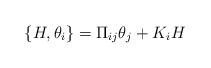
LaTeX: \begin{align*}\{H,\theta_{i}\}=\Pi_{ij}\theta_{j}+K_{i}H\end{align*}